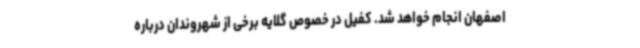
اصفهان انجام خواهد شد. کفیل در خصوص گلایه برخی از شهروندان درباره